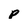
Character: p